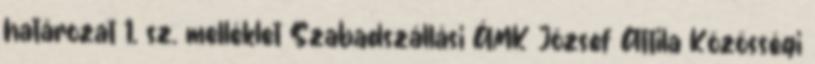
határozat 1. sz. melléklet Szabadszállási ÁMK József Attila Közösségi